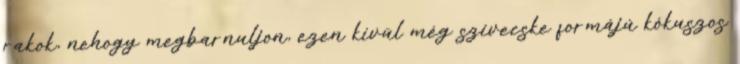
rakok, nehogy megbarnuljon, ezen kívül még szívecske formájú kókuszos